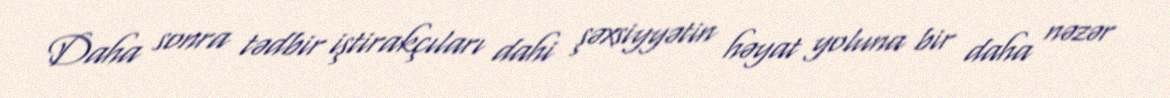
Daha sonra tədbir iştirakçıları dahi şəxsiyyətin həyat yoluna bir daha nəzər